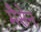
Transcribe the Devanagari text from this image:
मैसेन